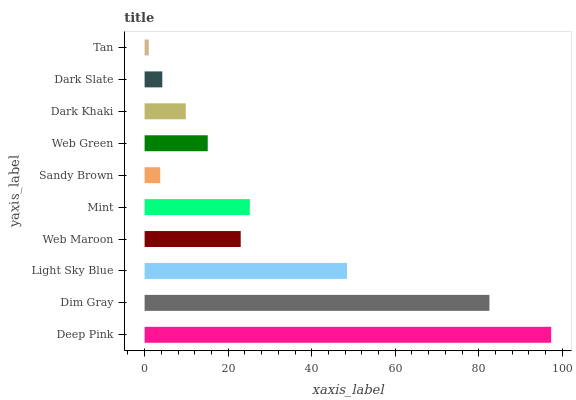
| yaxis_label | bars |
 | --- | --- |
 | Deep Pink | 97.3 |
 | Dim Gray | 82.5 |
 | Light Sky Blue | 48.4 |
 | Web Maroon | 23 |
 | Mint | 25.2 |
 | Sandy Brown | 3.73 |
 | Web Green | 15.1 |
 | Dark Khaki | 9.86 |
 | Dark Slate | 4.23 |
 | Tan | 0.998 |